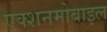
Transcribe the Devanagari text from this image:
एक्शनमोबाइल